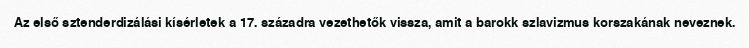
Az első sztenderdizálási kísérletek a 17. századra vezethetők vissza, amit a barokk szlavizmus korszakának neveznek.